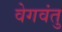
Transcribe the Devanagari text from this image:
वेगवंतु